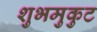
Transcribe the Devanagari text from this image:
शुभमुकुट